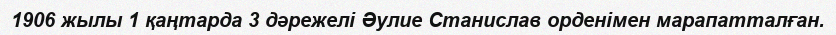
1906 жылы 1 қаңтарда 3 дәрежелі Әулие Станислав орденімен марапатталған.